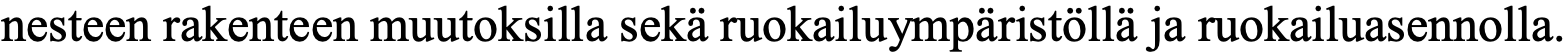
nesteen rakenteen muutoksilla sekä ruokailuympäristöllä ja ruokailuasennolla.